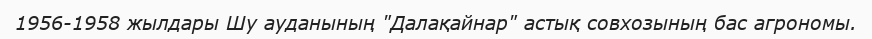
1956-1958 жылдары Шу ауданының "Далақайнар" астық совхозының бас агрономы.